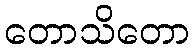
တောသိတော